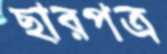
ছারপত্র